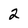
Character: 2